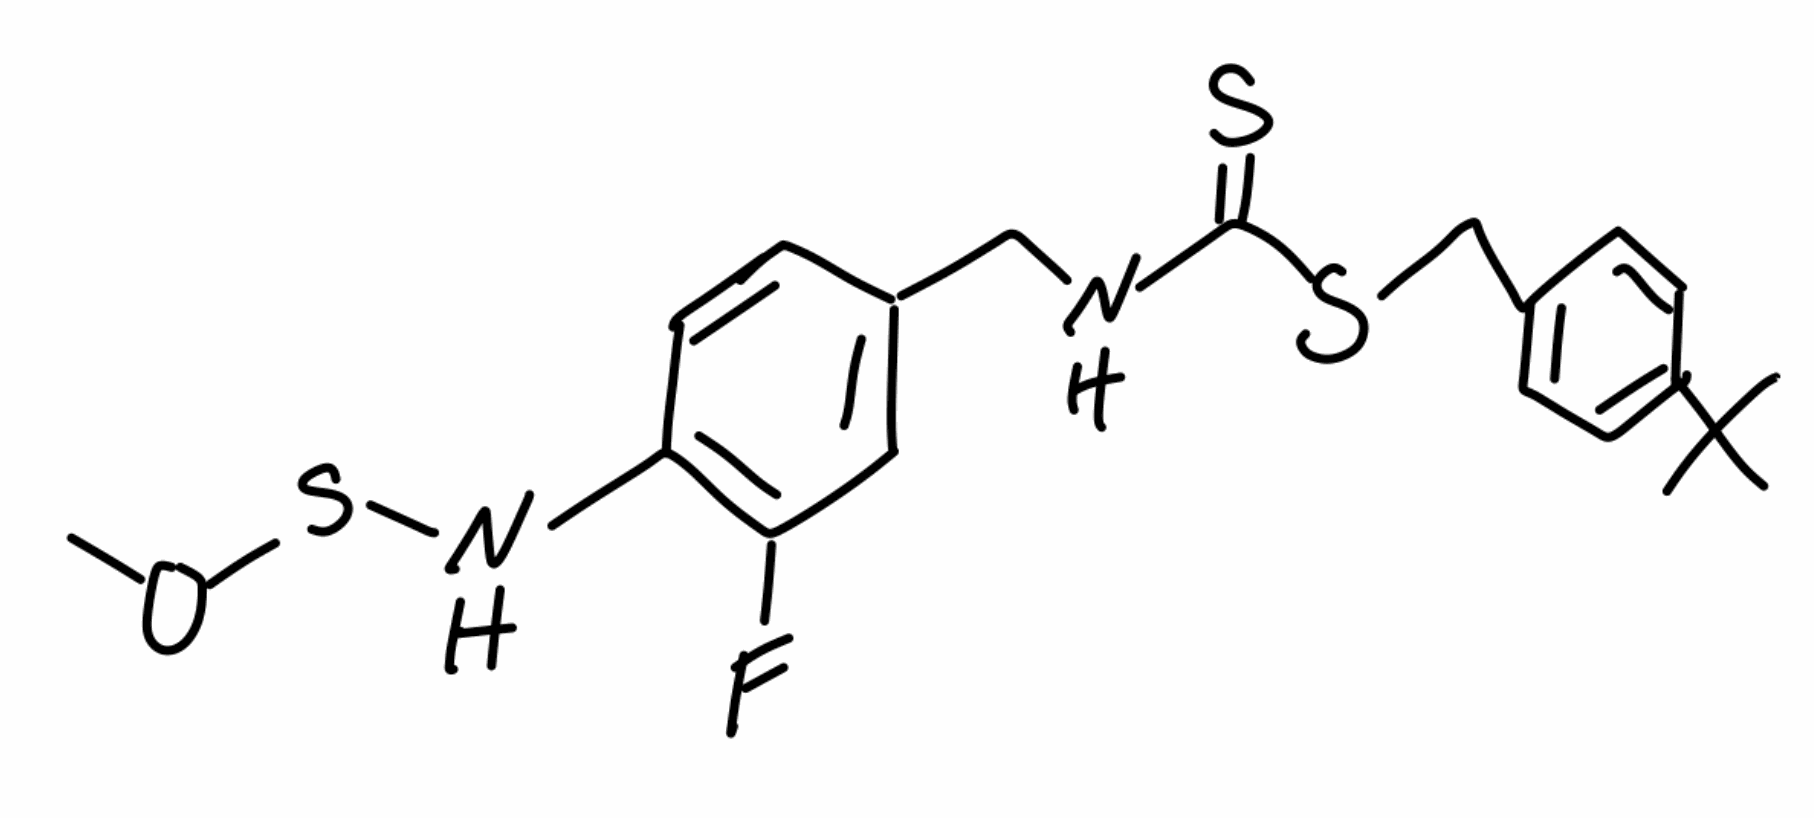
Simplified molecular-input line-entry system (SMILES) notation of the given molecule:
CC(C)(C)C1=CC=C(C=C1)CSC(=S)NCC2=CC(=C(C=C2)NSOC)F